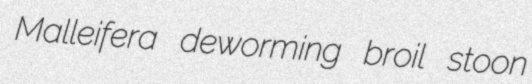
Malleifera deworming broil stoon